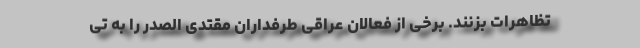
تظاهرات بزنند. برخی از فعالان عراقی طرفداران مقتدی الصدر را به تی